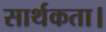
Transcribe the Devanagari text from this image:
सार्थकता।